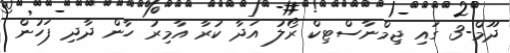
ދޫމް-3 ގައި ޖިމްނާސްޓިކް ރޯލު އަދާ ކުރާ އާމިރު ހާން ދާދި ފަހުން